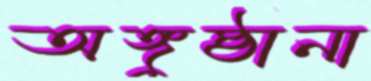
অঙ্গুষ্ঠানা